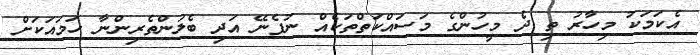
އެކަމަކު މިހާރު ތި ދެ މީހުންގެ މަސައްކަތްތަކެއް ނުފެނޭ އަދި ބެލުންތެރިންނާ ހަމައަކަށް